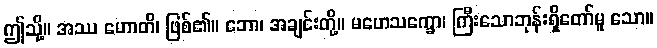
ဤသို့။ အဿ ဟောတိ၊ ဖြစ်၏။ ဘော၊ အချင်းတို့။ မဟေသက္ခော၊ ကြီးသောဘုန်းရှိတော်မူ သော။